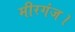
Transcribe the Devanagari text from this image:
मीरगंज।